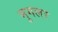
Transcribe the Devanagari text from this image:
मुगलर